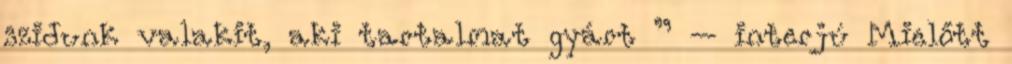
szidunk valakit, aki tartalmat gyárt ” – interjú Mielőtt